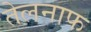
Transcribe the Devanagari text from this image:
तेलनाफ